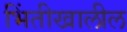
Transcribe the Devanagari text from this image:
भिंतीखालील